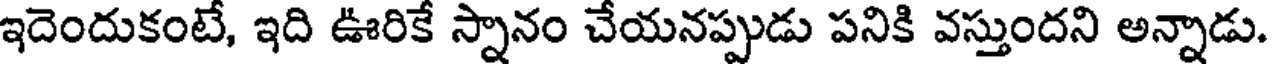
ఇదెందుకంటే, ఇది ఊరికే స్నానం చేయనప్పుడు పనికి వస్తుందని అన్నాడు.